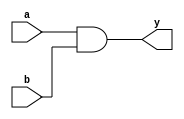
module and_gate (
    input wire a,
    input wire b,
    output wire y
);
    assign y = a & b;  // AND operation
endmodule